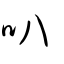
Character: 叭